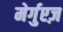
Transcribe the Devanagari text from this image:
मेर्गुएज़